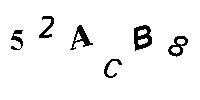
52ACB8